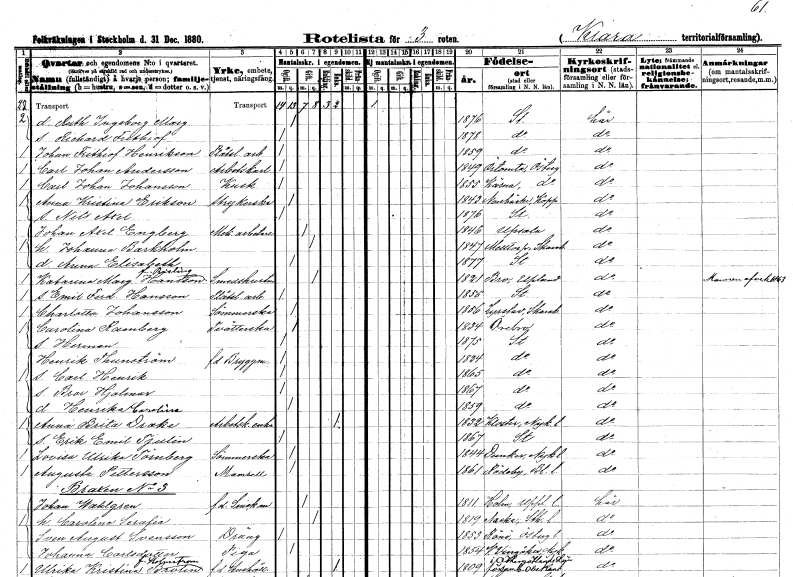
gt_parse: households: individuals: FN: Ruth Ingeborg Margareta
KON: K
CIV: O
FODAR: 1876
FODFORS: Stockholm
FN: Richard Frithiof
KON: M
CIV: O
FODAR: 1878
FODFORS: Stockholm
FN: Johan Frithiof
EN: Henrikson
YRKE: Plåtslageriarbetare
KON: M
CIV: O
FODAR: 1859
FODFORS: Stockholm
FN: Carl Johan
EN: Andersson
YRKE: Arbetskarl
KON: M
CIV: O
FODAR: 1849
FODFORS: Örtomta Östergötlands län
FN: Carl Johan
EN: Johansson
YRKE: Kusk
KON: M
CIV: O
FODAR: 1855
FODFORS: Kärna Östergötlands län
FN: Anna Kristina
EN: Erikson
YRKE: Strykerska
KON: K
CIV: O
FODAR: 1843
FODFORS: Norrbärke Kopparbergs län
FN: Nils Axel
KON: M
CIV: O
FODAR: 1876
FODFORS: Stockholm
FN: Johan Axel
EN: Engberg
YRKE: Mekanikerarbetare
KON: M
CIV: G
FODAR: 1846
FODFORS: Uppsala Uppsala län
FN: Johanna
EN: Barkholm
KON: K
CIV: G
FODAR: 1847
FODFORS: Mölltorp Skaraborgs län
FN: Anna Elisabeth
KON: K
CIV: O
FODAR: 1877
FODFORS: Stockholm
FN: Katarina Margareta
EN: Hansson Risling
YRKE: Smedshustru
KON: K
CIV: G
FODAR: 1821
FODFORS: Bro Stockholms län
FN: Emil Ferdinand
EN: Hansson
YRKE: Plåtslageriarbetare
KON: M
CIV: O
FODAR: 1855
FODFORS: Stockholm
FN: Charlotta
EN: Johansson
YRKE: Sömmerska
KON: K
CIV: O
FODAR: 1856
FODFORS: Lyrestad Skaraborgs län
FN: Carolina
EN: Ramberg
YRKE: Tvätterska
KON: K
CIV: O
FODAR: 1834
FODFORS: Örebro Örebro län
FN: Herman
KON: M
CIV: O
FODAR: 1875
FODFORS: Stockholm
FN: Henrik
EN: Thunström
YRKE: Bryggmästare f.d.
KON: M
CIV: O
FODAR: 1824
FODFORS: Stockholm
FN: Carl Henrik
KON: M
CIV: O
FODAR: 1865
FODFORS: Stockholm
FN: Bror Hjalmar
KON: M
CIV: O
FODAR: 1867
FODFORS: Stockholm
FN: Henrika Carolina
KON: K
CIV: O
FODAR: 1859
FODFORS: Stockholm
FN: Anna Brita
EN: Drake
YRKE: Arbetskarlänka
KON: K
CIV: E
FODAR: 1832
FODFORS: Kloster Södermanlands län
FN: Erik Emil
EN: Tjulin
KON: M
CIV: O
FODAR: 1867
FODFORS: Stockholm
FN: Lovisa Ulrika
EN: Törnberg
YRKE: Sömmerska
KON: K
CIV: O
FODAR: 1844
FODFORS: Dunker Södermanlands län
FN: Augusta
EN: Pettersson
KON: K
CIV: O
FODAR: 1861
FODFORS: Rödeby Blekinge län
FN: Johan
EN: Wahlgren
YRKE: Snickaremästare f.d.
KON: M
CIV: G
FODAR: 1811
FODFORS: Holm Uppsala län
FN: Carolina Serafia
KON: K
CIV: G
FODAR: 1819
FODFORS: Nacka Stockholms län
FN: Sven August
EN: Svensson
YRKE: Dräng
KON: M
CIV: O
FODAR: 1853
FODFORS: Rönö Östergötlands län
FN: Johanna
EN: Carlsdotter
YRKE: Piga
KON: K
CIV: O
FODAR: 1854
FODFORS: Västra Vingåker Södermanlands län
FN: Ulrika Kristina
EN: Brolin Holmström
YRKE: Hushållerska f.d.
KON: K
CIV: E
FODAR: 1809
FODFORS: Östergötlands län